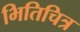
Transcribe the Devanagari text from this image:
भितिचित्र